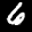
Label: 6